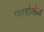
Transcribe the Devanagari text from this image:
एबडोमेन